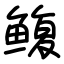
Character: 鳆